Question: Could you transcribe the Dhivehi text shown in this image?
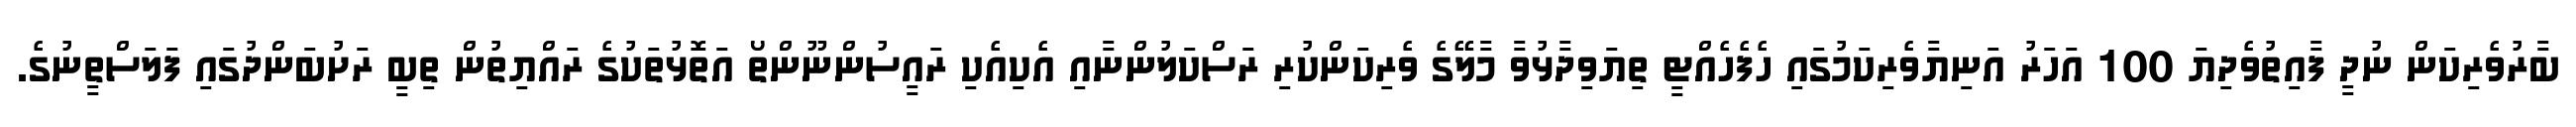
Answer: ބާރުވެރިކަން ނުދީ ފާއިތުވެދިޔަ 100 އަހަރު އަނިޔާވެރިކަމުގައި ހެފެހެއްޓީ ތިޔަވިދާޅުވާ މާލޭގެ ވެރިކަންކުރި ރަސްކަލުންނާއި އެކިއެކި ރައީސުންނޫންތޯ އަތޮޅުތަކުގެ ރައްޔިތުން ތިބީ ރަށުބަންދުގައި ފަލަސްތީނުގެ.